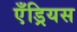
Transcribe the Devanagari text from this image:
एँड्रियस